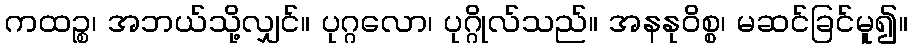
ကထဉ္စ၊ အဘယ်သို့လျှင်။ ပုဂ္ဂလော၊ ပုဂ္ဂိုလ်သည်။ အနနုဝိစ္စ၊ မဆင်ခြင်မူ၍။